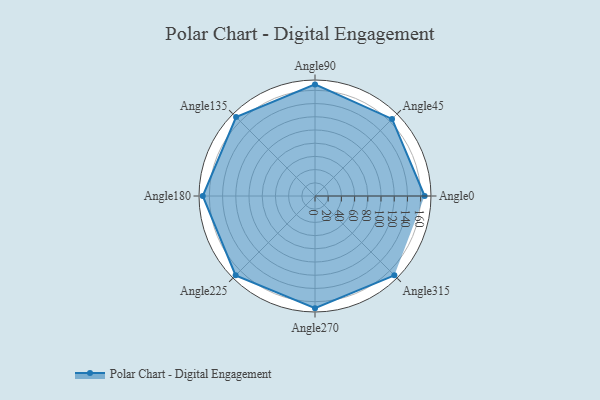
{"axis": {"x": "Angle", "y": "Radius"}, "legend": [""], "data": [{"x": "Angle0", "y": 166.0, "type": ""}, {"x": "Angle45", "y": 165.0, "type": ""}, {"x": "Angle90", "y": 169.0, "type": ""}, {"x": "Angle135", "y": 169.0, "type": ""}, {"x": "Angle180", "y": 170, "type": ""}, {"x": "Angle225", "y": 170.0, "type": ""}, {"x": "Angle270", "y": 170, "type": ""}, {"x": "Angle315", "y": 170, "type": ""}]}